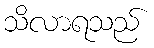
သိလာရသည်